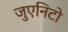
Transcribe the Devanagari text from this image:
जुएनिटो